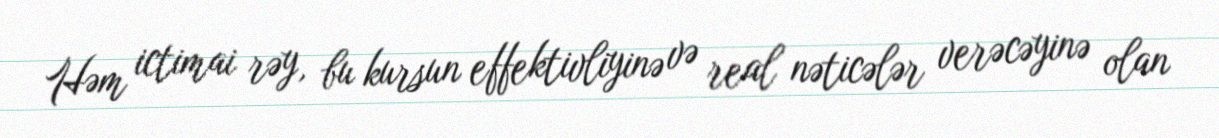
Həm ictimai rəy, bu kursun effektivliyinə və real nəticələr verəcəyinə olan